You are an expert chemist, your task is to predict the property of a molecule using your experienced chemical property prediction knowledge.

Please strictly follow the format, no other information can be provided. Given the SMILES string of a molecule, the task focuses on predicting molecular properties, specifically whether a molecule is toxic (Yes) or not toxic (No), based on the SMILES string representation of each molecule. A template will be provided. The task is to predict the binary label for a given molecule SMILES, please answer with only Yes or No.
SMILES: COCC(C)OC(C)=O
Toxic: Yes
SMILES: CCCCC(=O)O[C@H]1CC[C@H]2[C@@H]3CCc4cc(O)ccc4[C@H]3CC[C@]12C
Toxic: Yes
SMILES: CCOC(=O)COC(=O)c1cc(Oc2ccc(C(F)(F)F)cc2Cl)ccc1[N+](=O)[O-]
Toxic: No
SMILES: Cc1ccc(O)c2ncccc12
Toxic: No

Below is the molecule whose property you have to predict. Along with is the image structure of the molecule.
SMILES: O=CC(=O)c1ccccc1
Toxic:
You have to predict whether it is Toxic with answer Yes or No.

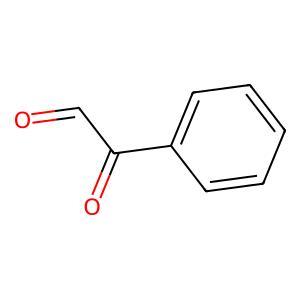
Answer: No